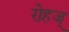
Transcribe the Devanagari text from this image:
रोहज्